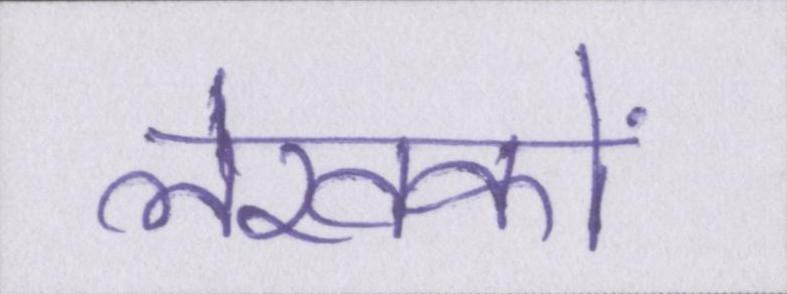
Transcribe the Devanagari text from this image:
लेखकों